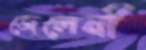
জেলেনী